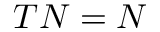
T N = N